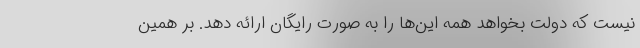
نیست که دولت بخواهد همه این‌ها را به صورت رایگان ارائه دهد. بر همین